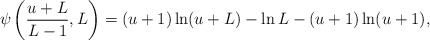
\begin{align*}\psi\left(\frac{u+L}{L-1},L\right)=(u+1)\ln(u+L)-\ln L-(u+1)\ln(u+1),\end{align*}